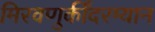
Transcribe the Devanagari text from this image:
मिरवणुकींदरम्यान